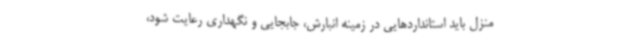
منزل باید استانداردهایی در زمینه انبارش، جابجایی و نگهداری رعایت شود،